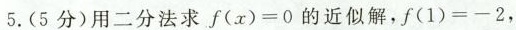
5.(5分)用二分法求$$f ( x ) = 0$$的近似解，$$f ( 1 ) = - 2$$，